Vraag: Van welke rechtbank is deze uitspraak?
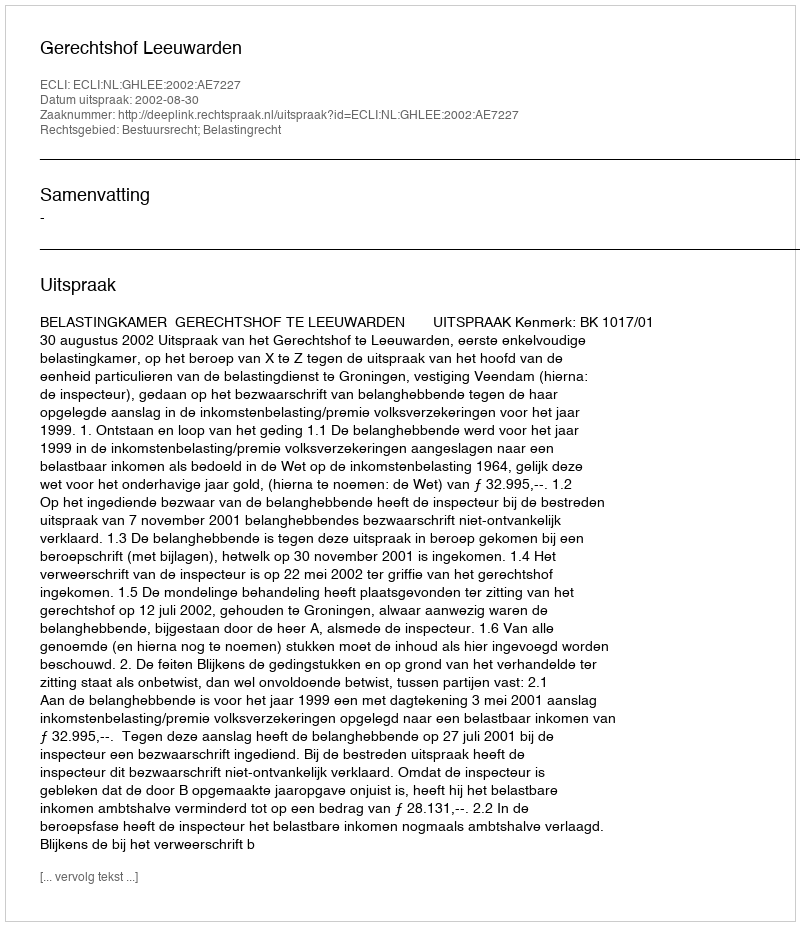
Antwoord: Gerechtshof Leeuwarden